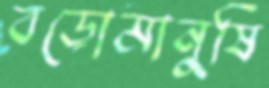
বড়োমানুষি